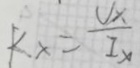
k _ { x } = \frac { V _ { x } } { I _ { x } }